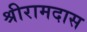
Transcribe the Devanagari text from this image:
श्रीरामदास